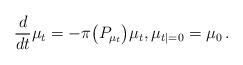
LaTeX: \begin{align*}\frac{d}{dt}\mu_t = - \pi \big(P_{\mu_t} \big) \mu_t, \mu_{t|=0}=\mu_0\,.\end{align*}